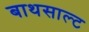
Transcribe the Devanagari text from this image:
बाथसाल्ट